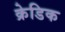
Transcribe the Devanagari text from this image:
क्रेडिक